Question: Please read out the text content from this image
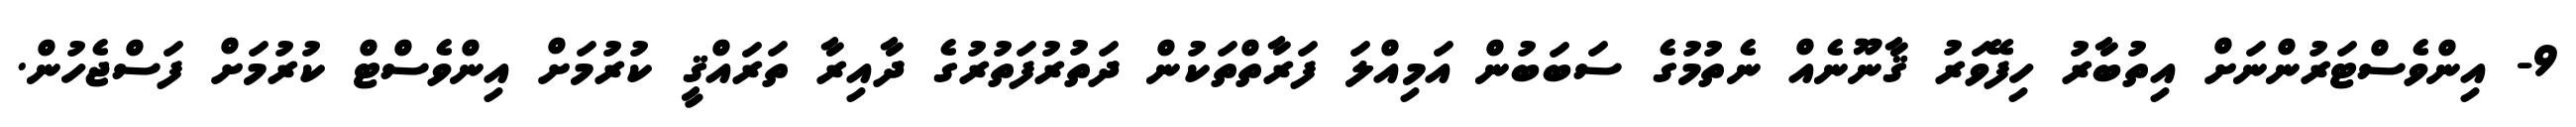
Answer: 9- އިންވެސްޓަރުންނަށް އިތުބާރު ހިފޭވަރު ޤާނޫނެއް ނެތުމުގެ ސަބަބުން އަމިއްލަ ފަރާތްތަކުން ދަތުރުފަތުރުގެ ދާއިރާ ތަރައްޤީ ކުރުމަށް އިންވެސްޓް ކުރުމަށް ފަސްޖެހުން.